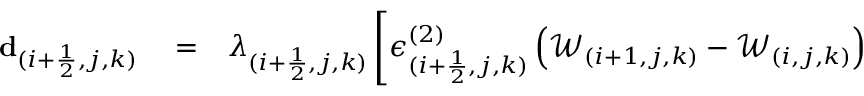
\begin{array} { r l r } { \mathbf { d } _ { ( i + \frac { 1 } { 2 } , j , k ) } } & { { } = } & { \lambda _ { ( i + \frac { 1 } { 2 } , j , k ) } \left[ \epsilon _ { ( i + \frac { 1 } { 2 } , j , k ) } ^ { ( 2 ) } \left( \mathcal { W } _ { ( i + 1 , j , k ) } - \mathcal { W } _ { ( i , j , k ) } \right) \right. } \end{array}